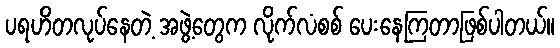
ပရဟိတလုပ်နေတဲ့ အဖွဲ့တွေက လိုက်လံစစ် ပေးနေကြတာဖြစ်ပါတယ်။